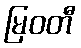
မြဝတီ